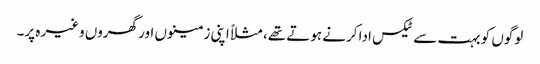
‏ لوگوں کو بہت سے ٹیکس ادا کرنے ہوتے تھے،‏ مثلاً اپنی زمینوں اور گھروں وغیرہ پر۔